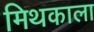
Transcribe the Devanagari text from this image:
मिथकाला